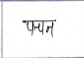
मजकूर: पचन